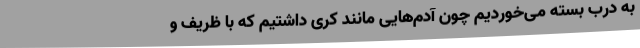
به درب بسته می‌خوردیم چون آدم‌هایی مانند کری داشتیم که با ظریف و